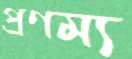
প্রণম্য